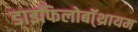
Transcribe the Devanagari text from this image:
डाइफिलोबॉ्थ्रायम